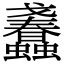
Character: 𧕹